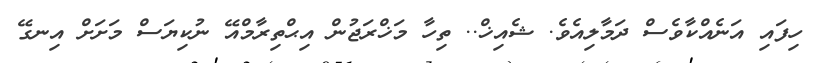
ހިފައި އަނެއްކާވެސް ދަމާލިއެވެ. ޝެއިޚް.. ތިހާ މަޚްރަޖުން އިޙްތިރާމްއޭ ނުކިޔަސް މަށަށް އިނގޭ